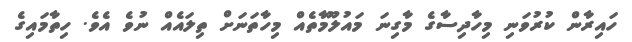
ހައިރާން ކުރުވަނި މިހާދިސާގެ މާގިނަ މައުލޫމާތެއް މިހާތަނަށް ތިލައެއް ނުވެ އެވެ. ހިތާމައިގެ